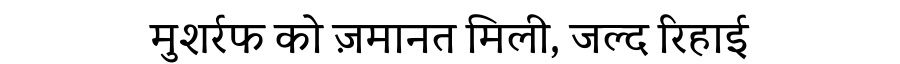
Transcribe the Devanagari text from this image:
मुशर्रफ को ज़मानत मिली, जल्द रिहाई